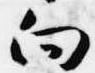
向